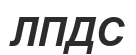
ЛПДС